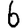
Digit: 6